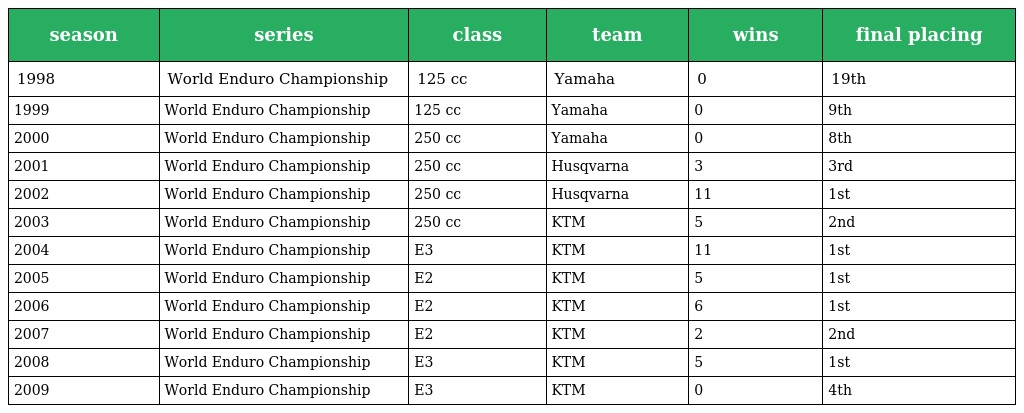
| season | series | class | team | wins | final placing |
 | --- | --- | --- | --- | --- | --- |
 | 1998 | World Enduro Championship | 125 cc | Yamaha | 0 | 19th |
 | 1999 | World Enduro Championship | 125 cc | Yamaha | 0 | 9th |
 | 2000 | World Enduro Championship | 250 cc | Yamaha | 0 | 8th |
 | 2001 | World Enduro Championship | 250 cc | Husqvarna | 3 | 3rd |
 | 2002 | World Enduro Championship | 250 cc | Husqvarna | 11 | 1st |
 | 2003 | World Enduro Championship | 250 cc | KTM | 5 | 2nd |
 | 2004 | World Enduro Championship | E3 | KTM | 11 | 1st |
 | 2005 | World Enduro Championship | E2 | KTM | 5 | 1st |
 | 2006 | World Enduro Championship | E2 | KTM | 6 | 1st |
 | 2007 | World Enduro Championship | E2 | KTM | 2 | 2nd |
 | 2008 | World Enduro Championship | E3 | KTM | 5 | 1st |
 | 2009 | World Enduro Championship | E3 | KTM | 0 | 4th |